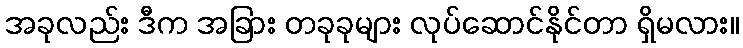
အခုလည်း ဒီက အခြား တခုခုများ လုပ်ဆောင်နိုင်တာ ရှိမလား။